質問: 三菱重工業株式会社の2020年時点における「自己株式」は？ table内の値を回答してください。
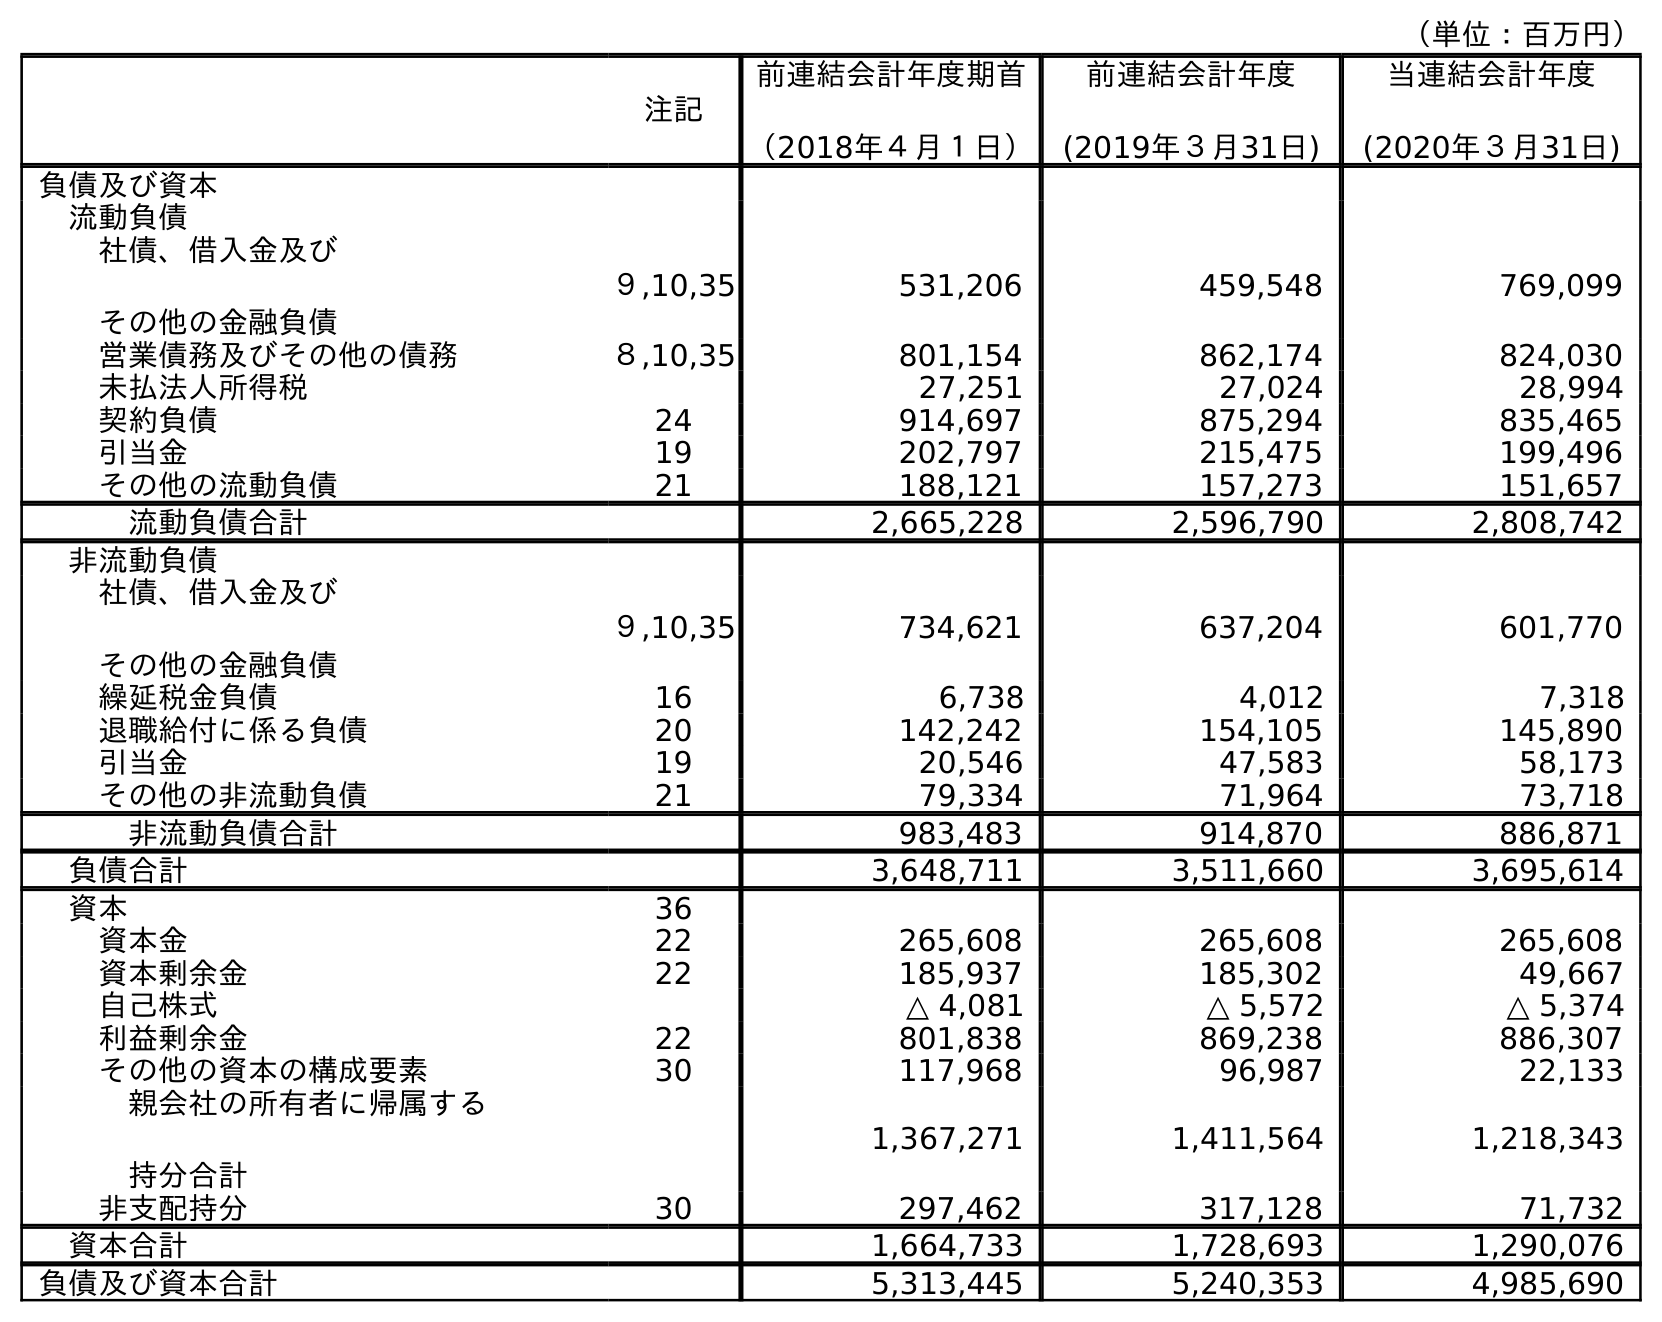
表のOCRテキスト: （単位：百万円） 注記 前連結会計年度期首 （2018年４月１日） 前連結会計年度 (2019年３月31日) 当連結会計年度 (2020年３月31日) 負債及び資本 流動負債 社債、借入金及び その他の金融負債 ９,10,35 531,206 459,548 769,099 営業債務及びその他の債務 ８,10,35 801,154 862,174 824,030 未払法人所得税 27,251 27,024 28,994 契約負債 24 914,697 875,294 835,465 引当金 19 202,797 215,475 199,496 その他の流動負債 21 188,121 157,273 151,657 流動負債合計 2,665,228 2,596,790 2,808,742 非流動負債 社債、借入金及び その他の金融負債 ９,10,35 734,621 637,204 601,770 繰延税金負債 16 6,738 4,012 7,318 退職給付に係る負債 20 142,242 154,105 145,890 引当金 19 20,546 47,583 58,173 その他の非流動負債 21 79,334 71,964 73,718 非流動負債合計 983,483 914,870 886,871 負債合計 3,648,711 3,511,660 3,695,614 資本 36 資本金 22 265,608 265,608 265,608 資本剰余金 22 185,937 185,302 49,667 自己株式 △ 4,081 △ 5,572 △ 5,374 利益剰余金 22 801,838 869,238 886,307 その他の資本の構成要素 30 117,968 96,987 22,133 親会社の所有者に帰属する 持分合計 1,367,271 1,411,564 1,218,343 非支配持分 30 297,462 317,128 71,732 資本合計 1,664,733 1,728,693 1,290,076 負債及び資本合計 5,313,445 5,240,353 4,985,690
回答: △5,374